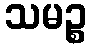
သမဉ္စ